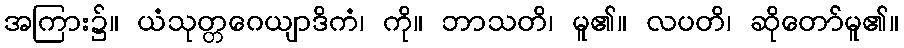
အကြား၌။ ယံသုတ္တဂေယျာဒိကံ၊ ကို။ ဘာသတိ၊ မူ၏။ လပတိ၊ ဆိုတော်မူ၏။